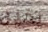
بخير